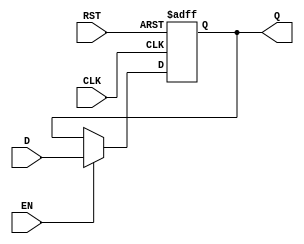
module BarrierRegister (
    input wire [N-1:0] D,     // Data Input
    input wire EN,            // Enable
    input wire CLK,           // Clock
    input wire RST,           // Reset
    output reg [N-1:0] Q      // Data Output
);
    parameter N = 8;          // Parameter to define the width of the register

    // Asynchronous Reset and Clocking Behavior
    always @(posedge CLK or posedge RST) begin
        if (RST) begin
            Q <= 0;           // Set output to 0 on reset
        end else if (EN) begin
            Q <= D;           // Capture the data input on clock edge if enabled
        end
        // If EN is low, Q retains its previous value
    end

endmodule